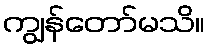
ကျွန်တော်မသိ။